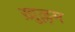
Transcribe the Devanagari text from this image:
ख़ुल्लम